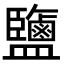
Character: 鹽